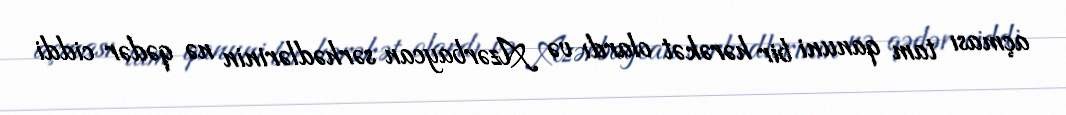
açması tam qanuni bir hərəkət olardı və Azərbaycan sərhədlərinin nə qədər ciddi